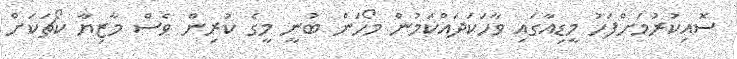
ސޮއިކުރުމަށްފަހު މީޑިއާގައި ވާހަކަދައްކަމުން މޯހަން ބުނީ މީގެ ކުރިން ވެސް މާޒިޔާ ކޯޗަކަށް